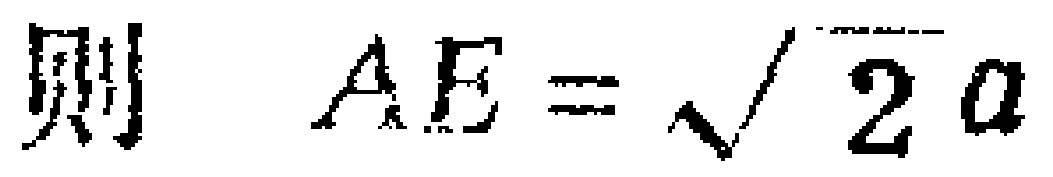
则 \(AE = \sqrt{2}a\)